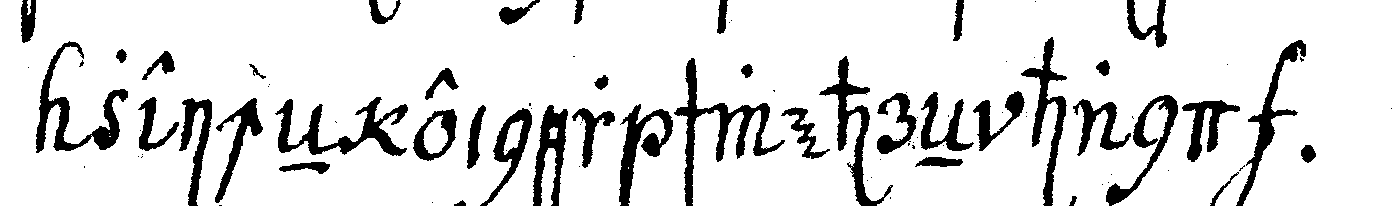
zeicheN einer schwehreN hand .